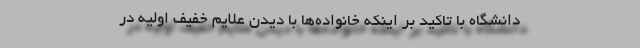
دانشگاه با تاکید بر اینکه خانواده‌ها با دیدن علایم خفیف اولیه در